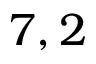
7 , 2